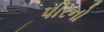
પીરનો